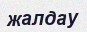
жалдау